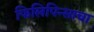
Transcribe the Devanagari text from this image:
फिलिपिन्साचा